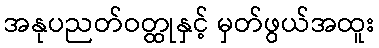
အနုပညတ်ဝတ္ထုနှင့် မှတ်ဖွယ်အထူး